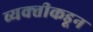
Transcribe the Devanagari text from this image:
व्यक्‍तीकडून